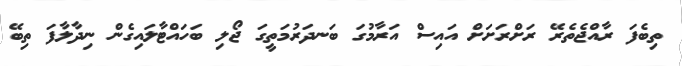
ތިބެފަ ރާއްޖެތެރޭ ރަށްރަށަށް އައިސް އަރާމުގަ ބަނދަރުމަތީގަ ޖޯލި ބަހައްޓާލައިގެން ނިދާލާފަ ތިބޭ